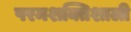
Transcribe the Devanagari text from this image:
परमशक्तिशाली